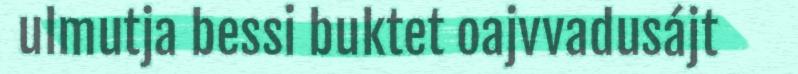
ulmutja bessi buktet oajvvadusájt